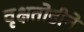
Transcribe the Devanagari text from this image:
वृक्षतोडीने